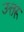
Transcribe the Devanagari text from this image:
उत्तरू